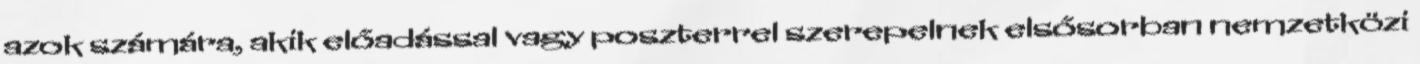
azok számára, akik előadással vagy poszterrel szerepelnek elsősorban nemzetközi